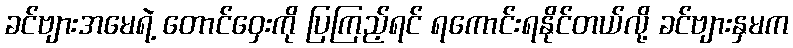
ခင်ဗျားအမေရဲ့ တောင်ဝှေးကို ပြကြည့်ရင် ရကောင်းရနိုင်တယ်လို့ ခင်ဗျားနှမက